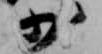
少